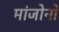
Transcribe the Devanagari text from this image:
मांजोनो